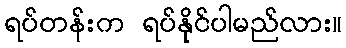
ရပ်တန်းက ရပ်နိုင်ပါမည်လား။